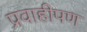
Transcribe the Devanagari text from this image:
प्रवाहीपण